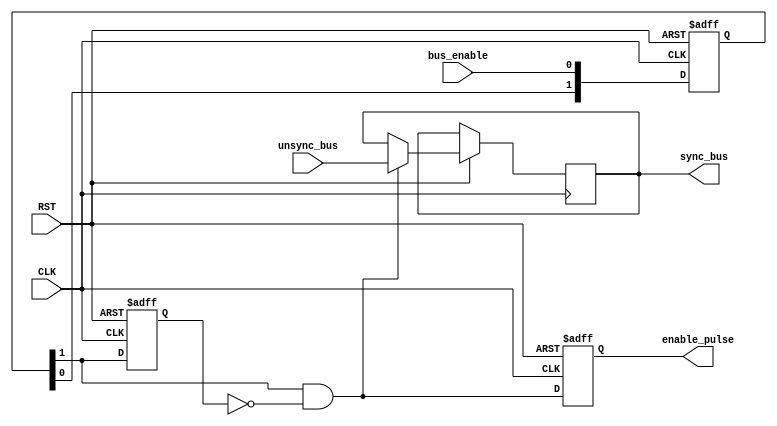
module DATA_SYNC #(

	parameter NUM_STAGES = 2 ,
	parameter BUS_WIDTH = 8 ) 
	(

	input wire [BUS_WIDTH-1:0] unsync_bus ,
	input wire   			   CLK , RST,
	input wire 	 	 	 	   bus_enable,

	output reg  	  	 	   enable_pulse,
	output reg [BUS_WIDTH-1:0] sync_bus

	);

	reg enable_pulse_comb ;
	reg pulse_gen_after_ff ;

	reg [NUM_STAGES-1:0] enable_shift_register ;



	always @(posedge CLK or negedge RST) begin
		if (!RST) begin
			
		end
					
		else begin
			if (enable_pulse_comb) begin
				sync_bus <= unsync_bus ;
			end
		end
	end


	always @(posedge CLK or negedge RST) begin 
		if(!RST) begin
			enable_shift_register <= 0 ;
		end 
		else begin
			enable_shift_register [NUM_STAGES-1:0] <= {enable_shift_register [NUM_STAGES-2:0],bus_enable} ;
		end
	end

	always @(posedge CLK or negedge RST) begin 
		if(!RST) begin
			pulse_gen_after_ff <= 0 ;
		end 
		else begin
			pulse_gen_after_ff <= enable_shift_register [NUM_STAGES-1] ;
		end
	end



	always @(*)begin
		enable_pulse_comb = (enable_shift_register [NUM_STAGES-1]) & (~pulse_gen_after_ff);
	end



	always @(posedge CLK or negedge RST)begin
		if(!RST)
			enable_pulse <= 0 ;
		else 
			enable_pulse <= enable_pulse_comb ;

	end




endmodule